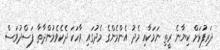
ދަރިފުޅަށް ކިޔާނެ ރީތި ނަމަކާއި މެދު އެންމެންގެ މެދުގައި ވާހަކަ ދެކެވެމުންދާތާ ފަސްދުވަސް